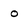
Character: 0